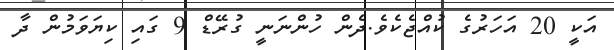
އަކީ 20 އަހަރުގެ ކުއްޖެކެވެ.ދެން ހުންނަނީ ގުރޭޑް 9 ގައި ކިޔަވަމުން ދާ